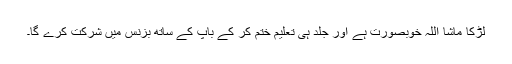
لڑکا ماشا اللہ خوبصورت ہے اور جلد ہی تعلیم ختم کر کے باپ کے ساتھ بزنس میں شرکت کرے گا۔